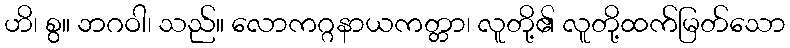
ဟိ၊ စွ။ ဘဂဝါ၊ သည်။ လောကဂ္ဂနာယကတ္တာ၊ လူတို့၏ လူတို့ထက်မြတ်သော